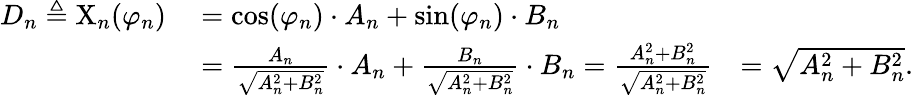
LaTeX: {\begin{array}{rlr}{D_{n}\triangleq\mathrm{X}_{n}(\varphi_{n})\ }&{=\cos(\varphi_{n})\cdot A_{n}+\sin(\varphi_{n})\cdot B_{n}}\\ &{={\frac{A_{n}}{\sqrt{A_{n}^{2}+B_{n}^{2}}}}\cdot A_{n}+{\frac{B_{n}}{\sqrt{A_{n}^{2}+B_{n}^{2}}}}\cdot B_{n}={\frac{A_{n}^{2}+B_{n}^{2}}{\sqrt{A_{n}^{2}+B_{n}^{2}}}}}&{={\sqrt{A_{n}^{2}+B_{n}^{2}}}.}\end{array}}